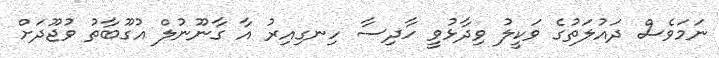
ނަމަވެސް ދައުލަތުގެ ވަކީލު ވިދާޅުވީ ހާދިސާ ހިނގިއިރު އާ ގާނޫނުލް އުގޫބާތު ވުޖޫދަށް